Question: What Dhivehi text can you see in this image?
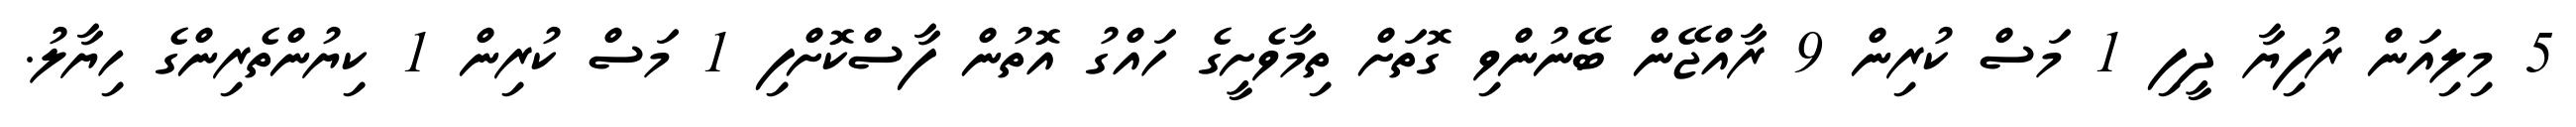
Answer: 5 މިލިއަން ރުފިޔާ ދީފި 1 މަސް ކުރިން 9 ރާއްޖޭން ބޭނުންވި ގޮތަށް ތިމާވެށީގެ ހައްގު އޮތުން ފާސްކޮށްފި 1 މަސް ކުރިން 1 ކިޔުންތެރިންގެ ހިޔާލު.